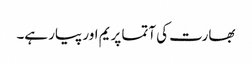
بھارت کی آتما پریم اور پیار ہے۔